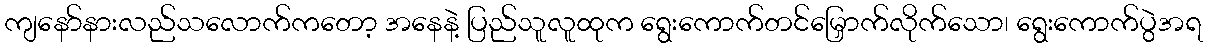
ကျနော်နားလည်သလောက်ကတော့ အနေနဲ့ ပြည်သူလူထုက ရွေးကောက်တင်မြှောက်လိုက်သော၊ ရွေးကောက်ပွဲအရ